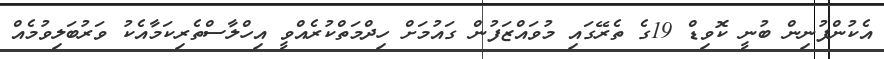
އެކުންފުނިން ބުނީ ކޮވިޑް 19ގެ ތެރޭގައި މުވައްޒަފުން ގައުމަށް ހިދްމަތްކުރެއްވީ އިހްލާސްތެރިކަމާއެކު ވަރުބަލިވުމެއް